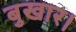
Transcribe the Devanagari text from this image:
बुखार।